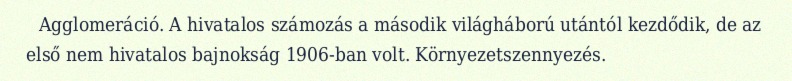
Agglomeráció. A hivatalos számozás a második világháború utántól kezdődik, de az első nem hivatalos bajnokság 1906-ban volt. Környezetszennyezés.